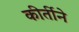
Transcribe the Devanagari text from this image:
कीर्तीने